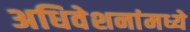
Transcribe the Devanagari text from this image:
अधिवेशनांमध्ये